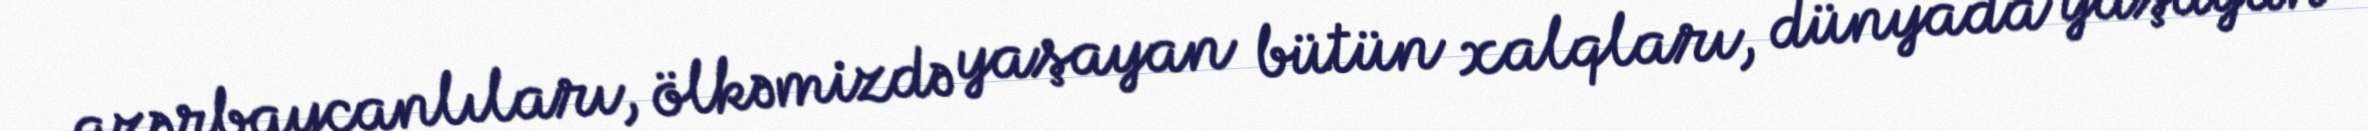
azərbaycanlıları, ölkəmizdə yaşayan bütün xalqları, dünyada yaşayan